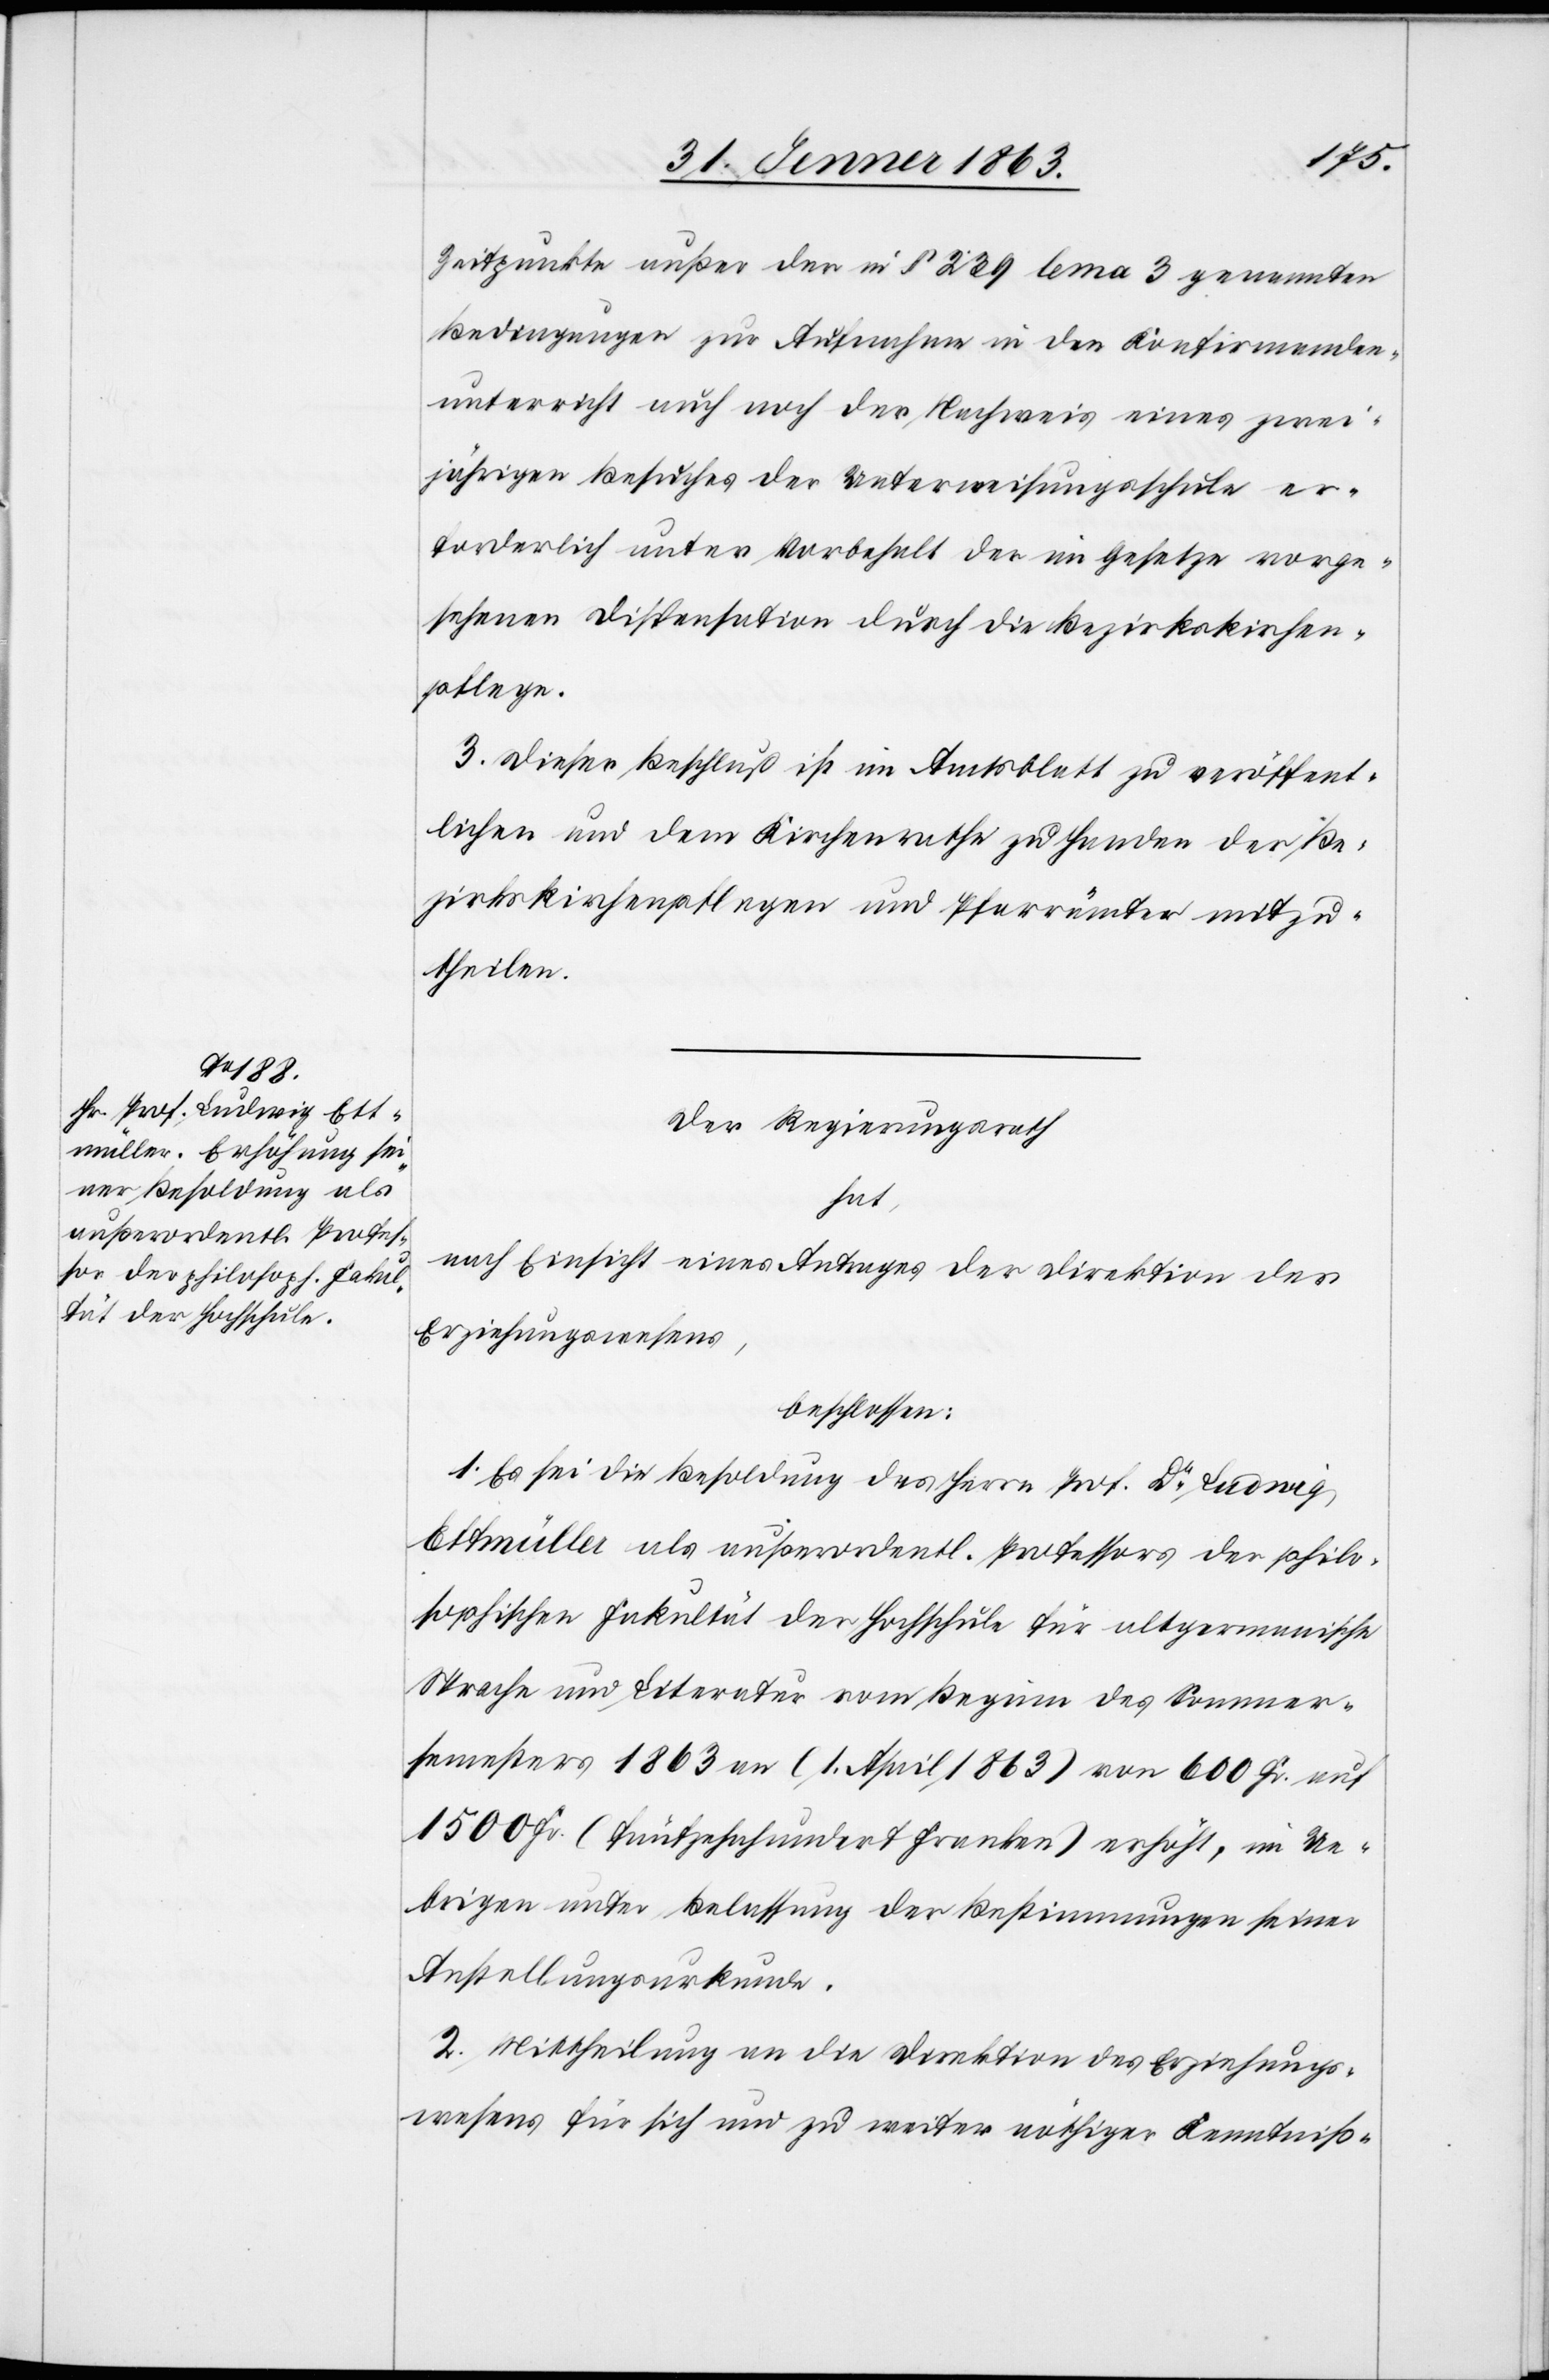
Zeitpunkte außer der in § 239 lema 3 genannten
Bedingungen zur Aufnahme in den Konfirmanden¬
unterricht auch noch der Nachweis eines zwei¬
jährigen Besuches der Unterweisungsschule er¬
forderlich unter Vorbehalt der im Gesetze vorge¬
sehenen Dispensation durch die Bezirkskirchen¬
pflege.
3. Dieser Beschluß ist im Amtsblatt zu veröffent¬
lichen und dem Kirchenrathe zu Handen der Be¬
zirkskirchenpflegen und Pfarrämter mitzu¬
theilen.
Der Regierungsrath
hat,
nach Einsicht eines Antrages der Direktion des
Erziehungswesens,
beschlossen:
1. Es sei die Besoldung des Herrn Prof. Dr Ludwig
Ettmüller als außerordentl. Professor der philos¬
ophischen Fakultät der Hochschule für altgermanische
Sprache und Literatur vom Beginn des Sommer¬
semesters 1863 an (1. April 1863) von 600 Fr. auf
1500 Fr. (fünfzehnhundert Franken) erhöht, im Ue¬
brigen unter Belassung der Bestimmungen seiner
Anstellungsurkunde.
2. Mittheilung an die Direktion des Erziehungs¬
wesens für sich und zu weiter nöthiger Kenntniß-